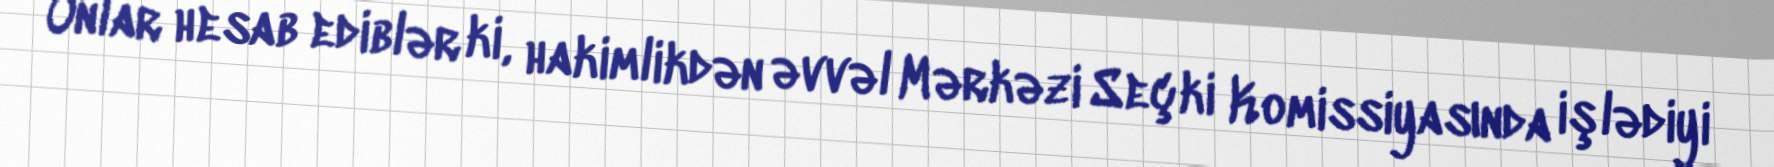
Onlar hesab ediblər ki, hakimlikdən əvvəl Mərkəzi Seçki Komissiyasında işlədiyi